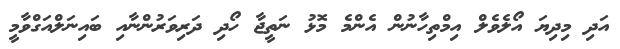
އަދި މިދިޔަ އޯލެވެލް އިމްތިހާނުން އެންމެ މޮޅު ނަތީޖާ ހޯދި ދަރިވަރުންނާއި ބައިނަލްއަގްވާމީ